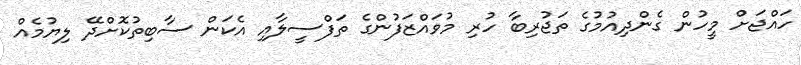
ހައްޖަށް މީހުން ގެންދިއުމުގެ ތަޖުރިބާ ހުރި މުވައްޒަފުންގެ ތަފްސީލާއި އެކަން ސާބިތުކޮށްދޭ ލިޔުމެއް